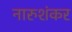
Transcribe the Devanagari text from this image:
नारुशंकर